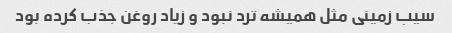
سیب زمینی مثل همیشه ترد نبود و زیاد روغن جذب کرده بود